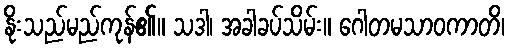
နိုးသည်မည်ကုန်၏။ သဒါ၊ အခါခပ်သိမ်း။ ဂေါတမသာဝကာတိ၊